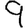
Digit: 9